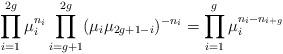
LaTeX: \begin{align*}\prod_{i=1}^{2g} \mu_i^{n_i} \prod_{i=g+1}^{2g} (\mu_i\mu_{2g+1-i})^{-n_i} = \prod_{i=1}^g \mu_i^{n_i-{n_{i+g}}}\end{align*}